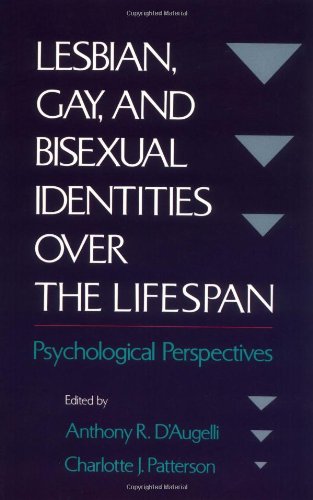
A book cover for Lesbian, Gay, and Bisexual Identities over the Lifespan: Psychological Perspectives; Gay & Lesbian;